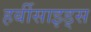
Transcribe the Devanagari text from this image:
हर्बीसाइड्स